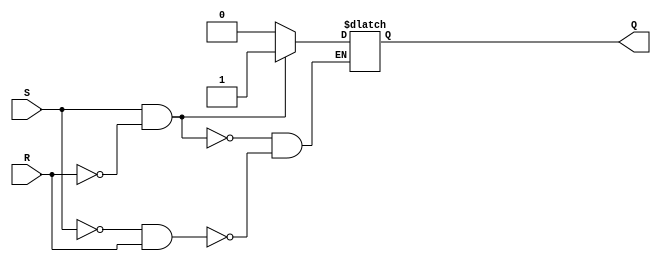
module SR_flip_flop (
    input S,
    input R,
    output reg Q
);

always @ (S, R) begin
    if (S && ~R)
        Q <= 1'b1;
    else if (~S && R)
        Q <= 1'b0;
end

endmodule